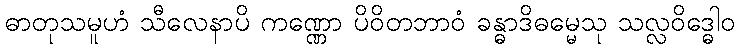
ဓာတုသမူဟံ သီလေနာပိ ကဏ္ဏော ပိဝိတဘာဝံ ခန္ဓာဒိဓမ္မေသု သလ္လဝိဒ္ဓေါဝ